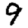
Digit: 9